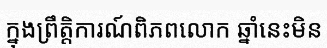
ក្នុងព្រឹត្តិការណ៍ពិភពលោក ឆ្នាំនេះមិន